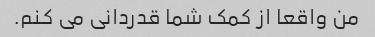
من واقعا از کمک شما قدردانی می کنم.